Lunatic asylums United Provinces 1899-1908 - 1899-1908
Year: 1899
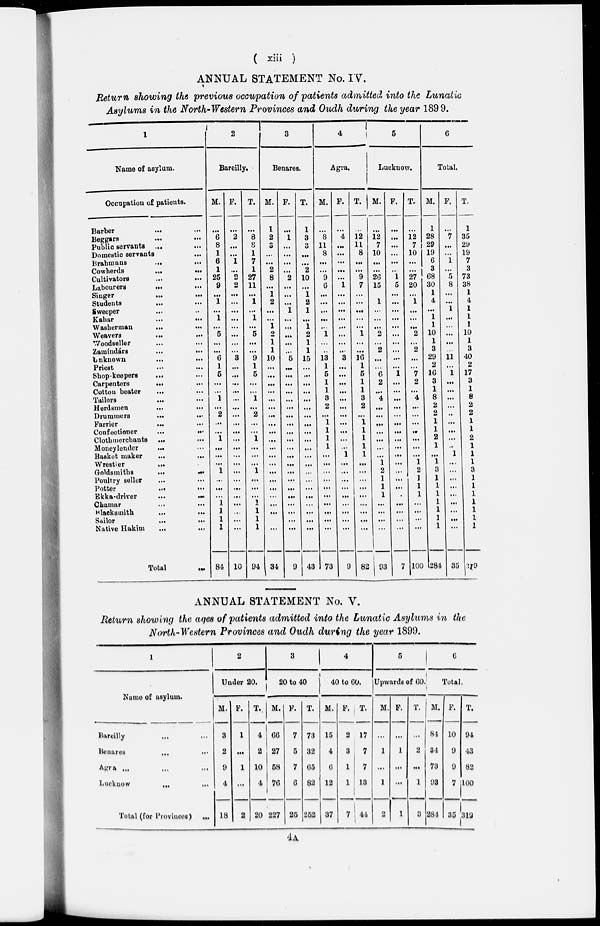
( xiii )
ANNUAL STATEMENT No. IV.
Return showing the previous occupation of patients admitted into the Lunatic
Asylums in the North–Western Provinces and Oudh during the year 1899.
1
Name of asylum.
Occupation of patients.
Barber
...
...
Beggars
...
...
Public servants ... ...
Domestic servants
...
Brahmans
...
...
Cowherds
...
...
Cultivators
...
...
Labourers ... ...
Singer
...
...
Students
...
...
Sweeper ... ...
Kahar
...
...
Washerman ... ...
Weavers ... ...
Woodseller ... ...
Zainíndárs
...
...
Unknown
...
...
Priest ... ...
Shop-keepers ... ...
Carpenters ... ...
Cotton beater ... ...
Tailors ... ...
Herdsmen ... ...
Drummers
...
...
Farrier
...
...
Confectioner
...
...
Clothmerchants
...
...
Moneylender ... ...
Basket maker
...
...
Wrestler
...
...
Goldsmiths
...
...
Poultry seller ... ...
Potter
...
...
Ekka-driver
...
...
Chamar
...
...
Blacksmith
...
...
Sailor
...
...
Native Hakim ... ...
Total
...
2
Bareilly.
M.
...
6
8
1
6
1
25
9
...
1
...
1
...
5
...
...
6
1
5
...
...
1
...
2
...
...
1
...
...
...
1
...
...
...
1
1
1
1
84
F.
...
2
...
...
1
...
2
2
...
...
...
...
...
...
...
...
3
...
...
...
...
...
...
...
...
...
...
...
...
...
...
...
...
...
...
...
...
...
10
T.
...
8
8
1
7
1
27
11
...
1
...
1
...
5
...
...
9
1
5
...
...
1
...
2
...
...
1
...
...
...
1
...
...
...
1
1
1
1
94
3
Benares.
M.
1
2
3
...
...
2
8
...
1
2
...
...
1
2
1
1
10
...
...
...
...
...
...
...
...
...
...
...
...
...
...
...
...
...
...
...
...
...
34
F.
...
1
...
...
...
...
2
...
...
...
1
...
...
...
...
...
5
...
...
...
...
...
...
...
...
...
...
...
...
...
...
...
...
...
...
...
...
...
9
T.
1
3
3
...
...
2
10
...
1
2
1
...
1
2
1
1
15
...
...
...
...
...
...
...
...
...
...
...
...
...
...
...
...
...
...
...
...
...
43
4
Agra.
M.
...
8
11
8
...
...
9
6
...
...
...
...
...
1
...
...
13
1
5
1
1
3
2
...
1
1
1
1
...
...
...
...
...
...
...
...
...
...
73
F.
...
4
...
...
...
...
...
1
...
...
...
...
...
...
...
...
3
...
...
...
...
...
...
...
...
...
...
...
1
...
...
...
...
...
...
...
...
...
9
T.
...
12
11
8
...
...
9
7
...
...
...
...
...
1
...
...
16
1
5
1
1
3
2
...
1
1
1
1
1
...
...
...
...
...
...
...
...
...
82
5
Lucknow.
M.
...
12
7
10
...
...
26
15
1
...
...
...
2
...
2
...
...
6
2
...
4
...
...
...
...
...
...
...
1
2
1
1
1
...
...
...
...
93
F.
...
...
...
...
...
...
1
5
...
...
...
...
...
...
...
...
...
...
1
...
...
...
...
...
...
...
...
...
...
...
...
...
...
...
...
...
...
...
7
T.
...
12
7
10
...
...
27
20
...
1
...
...
...
2
...
2
...
...
7
2
... 4
...
...
...
...
...
...
...
1
2
1
1
1
...
...
...
...
100
6
Total.
M.
1
28
29
19
6
3
68
30
1
4
...
1
1
10
1
3
29
2
16
3
1 8
2
2
1
1
2
1
...
1
3
1
1
1
1
1
1
1
284
F.
...
7
...
...
1
...
5
8
...
...
1
...
...
...
...
...
11
...
1
...
...
...
...
...
...
...
...
...
1
...
...
...
...
...
...
...
...
...
35
T.
1
35
29
19
7
3
73
38
1
4
1
1
1
10
1
3
40
2
17
3
1
8
2
2
1
1
2
1
1
1
3
1
1
1
1
1
1
1
219
ANNUAL STATEMENT No. V.
Return showing the ages of patients admitted into the Lunatic Asylums in the
North-Western Provinces and Oudh during the year 1899.
1
Name of asylum.
Bareilly ... ...
Benares ... ...
Agra ... ... ...
Lucknow
...
...
Total (for Provinces) ...
2
Under 20.
M.
3
2
9
4
18
F.
1
...
1
...
2
T.
4
2
10
4
20
3
20 to 40
M.
66
27
58
76
227
F.
7
5
7
6
25
T.
73
32
65
82
252
4
40 to 60.
M.
15
4
6
12
37
F.
2
3
1
1
7
T.
17
7
7
13
44
5
Upwards of 60.
M.
...
1
...
1
2
F.
...
1
...
...
1
T.
...
2
...
1
3
6
Total.
M.
84
34
73
93
284
F.
10
9
9
7
35
T.
94
43
82
100
319
4 A